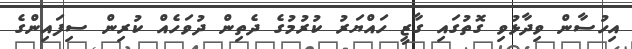
އިހުސާން ވިދާޅުވި ގޮތުގައި ގާޒީ ހައްޔަރު ކުރުމުގެ ދެތިން ދުވަހެއް ކުރިން ސިފައިންގެ